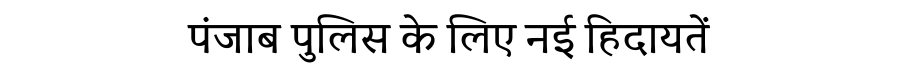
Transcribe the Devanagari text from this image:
पंजाब पुलिस के लिए नई हिदायतें